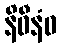
နိဓီနံဝ